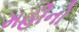
મહીનો